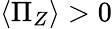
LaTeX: \langle\Pi_{Z}\rangle>0